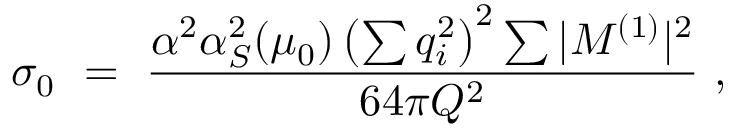
\sigma _ { 0 } \, \, = \, \, \frac { \alpha ^ { 2 } \alpha _ { S } ^ { 2 } ( \mu _ { 0 } ) \left( \sum q _ { i } ^ { 2 } \right) ^ { 2 } \sum | M ^ { ( 1 ) } | ^ { 2 } } { 6 4 \pi Q ^ { 2 } } \, \, ,